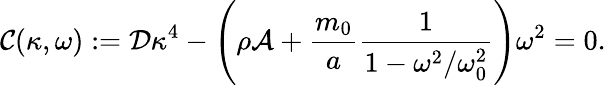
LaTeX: \mathcal{C}(\kappa,\omega):=\mathcal{D}\kappa^{4}-\left(\rho\mathcal{A}+\frac{m_{0}}{a}\frac{1}{1-\omega^{2}/\omega_{0}^{2}}\right)\omega^{2}=0.